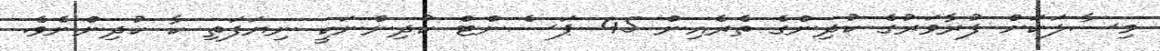
މިސާލަކަށް ފުރާވަރުގެ ކުދިންގެ ތެރެއިން 45 ޕަސެންޓް ކުދިންނަކީ ނިޔަފަތި ކާ ކުދިންނެވެ.